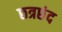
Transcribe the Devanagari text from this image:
छत्रछंद